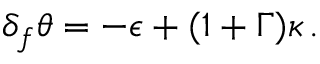
\delta _ { f } \theta = - \epsilon + ( 1 + \Gamma ) \kappa \, .